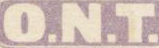
O.N.T.